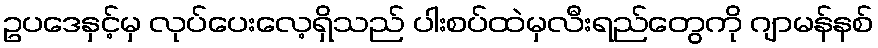
ဥပဒေနှင့်မှ လုပ်ပေးလေ့ရှိသည် ပါးစပ်ထဲမှလီးရည်တွေကို ဂျာမန်နစ်